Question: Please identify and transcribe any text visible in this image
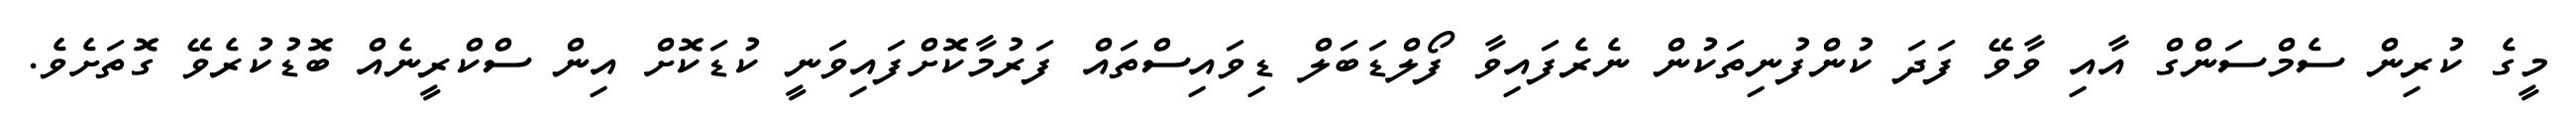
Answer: މީގެ ކުރިން ސެމްސަންގް އާއި ވާވޭ ފަދަ ކުންފުނިތަކުން ނެރެފައިވާ ފޯލްޑަބަލް ޑިވައިސްތައް ފަރުމާކޮށްފައިވަނީ ކުޑަކޮށް އިން ސްކްރީނެއް ބޮޑުކުރެވޭ ގޮތަށެވެ.